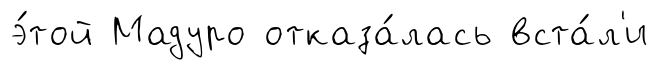
э́той Мадуро отказа́лась вста́л'и